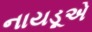
નાયડૂએ